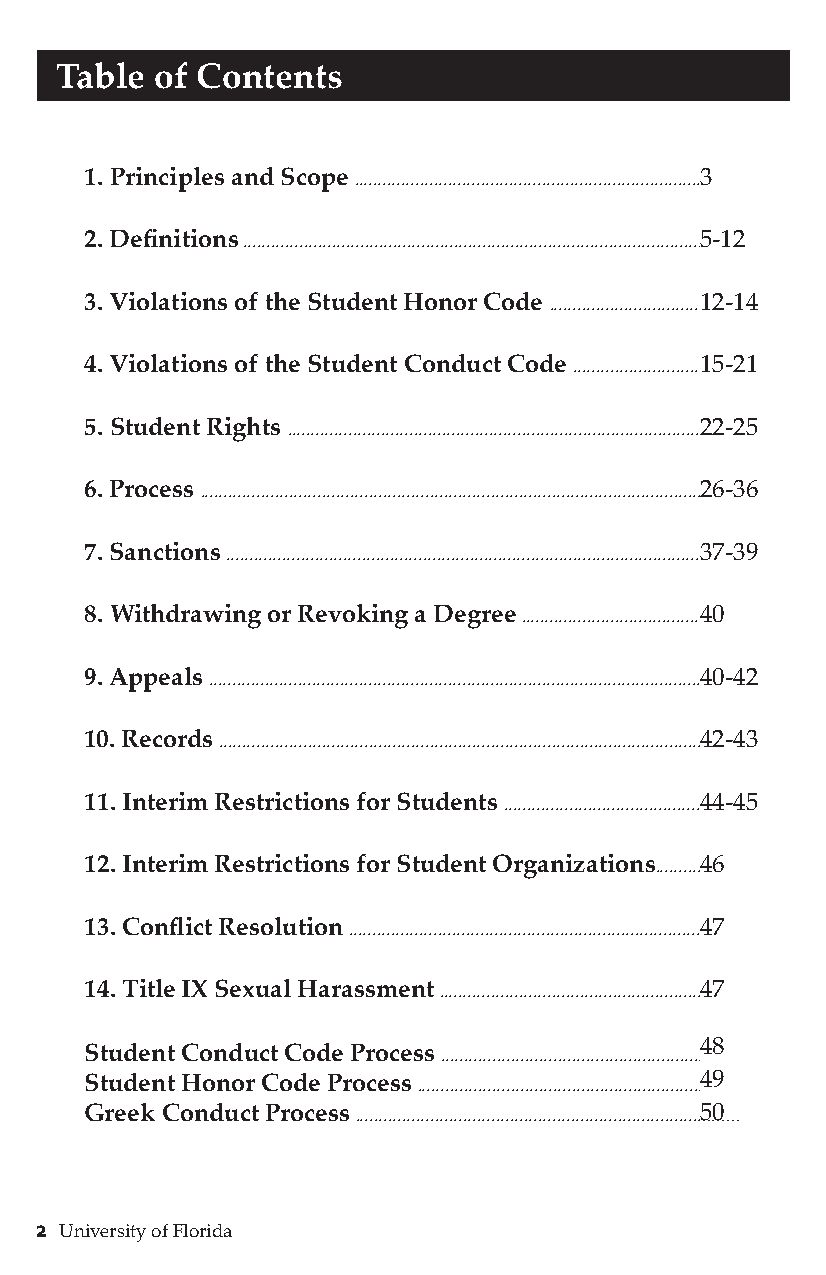
Table of Contents
 1. Principles and Scope ..........................................................................3.......
 2. Definitions ..................................................................................................5..-..1...2
 3. Violations of the Student Honor Code ................................1...2...-..1..4
 4. Violations of the Student Conduct Code ...........................1...5...-..2..1...
 5. Student Rights ........................................................................................2...2...-.2.250.
 6. Process ...........................................................................................................2...6..-..36
 7. Sanctions .....................................................................................................3...7...-.3...9
 8. Withdrawing or Revoking a Degree ......................................4...0.......
 9. Appeals .........................................................................................................4...0..-..4..2
 10. Records .......................................................................................................4...2..-..4...3
 11. Interim Restrictions for Students ..........................................4...4..-45
 12. Interim Restrictions for Student Organizations..........4...6..
 13. Conflict Resolution ...........................................................................4...7..
 14. Title IX Sexual Harassment ........................................................4...7..
 Student Conduct Code Process
 ........................................................4 ..8
 ...........
 Student Honor Code Process .............................................................4 ..9 ......
 Greek Conduct Process ..........................................................................5..0......
 2 University of Florida